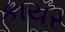
કાયર